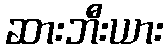
ဆားဘီးယား